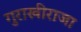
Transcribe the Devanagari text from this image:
गुराखीराजा